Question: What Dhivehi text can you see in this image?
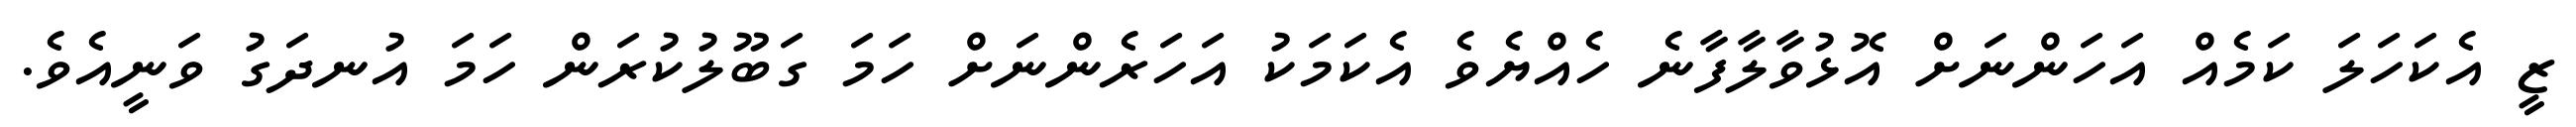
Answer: ޒީ އެކަހަލަ ކަމެއް އަހަންނަށް އޮޅުވާލާފާނެ ހެއްޔެވެ އެކަމަކު އަހަރެންނަށް ހަމަ ގަބޫލުކުރަން ހަމަ އުނދަގު ވަނީއެވެ.